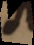
o